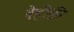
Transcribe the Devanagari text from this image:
बैहीक़ी